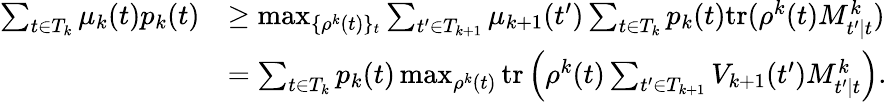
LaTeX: \begin{array}{rl}{\sum_{t\in T_{k}}\mu_{k}(t)p_{k}(t)}&{\geq\operatorname*{max}_{\{ \rho^{k}(t)\} _{t}}\sum_{t^{\prime}\in T_{k+1}}\mu_{k+1}(t^{\prime})\sum_{t\in T_{k}}p_{k}(t)\mathrm{tr}(\rho^{k}(t)M_{t^{\prime}|t}^{k})}\\ &{=\sum_{t\in T_{k}}p_{k}(t)\operatorname*{max}_{\rho^{k}(t)}\mathrm{tr}\left(\rho^{k}(t)\sum_{t^{\prime}\in T_{k+1}}V_{k+1}(t^{\prime})M_{t^{\prime}|t}^{k}\right).}\end{array}